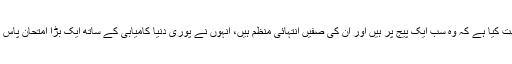
مخالفین کی باتوں سے کوئی فرق نہیں پڑتا ہے کیوں کہ طالبان نے 18 برس کے دوران یہ ثابت کیا ہے کہ وہ سب ایک پیج پر ہیں اور ان کی صفیں انتہائی منظم ہیں، انہوں نے پوری دنیا کامیابی کے ساتھ ایک بڑا امتحان پاس کیا ہے لہذا اشرف غنی اور ان کے مشیر کے پروپیگنڈے کی وضاحت کی ضرورت نہیں ہے ۔